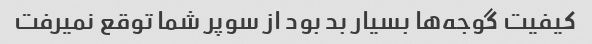
کیفیت گوجه‌ها بسیار بد بود از سوپر شما توقع نمیرفت